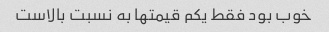
خوب بود فقط یکم قیمتها به نسبت بالاست